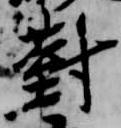
対